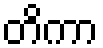
တိကာ